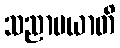
သညာမယာတိ